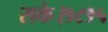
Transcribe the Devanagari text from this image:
सके।१८१५